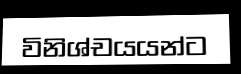
විනිශ්චයයන්ට